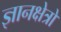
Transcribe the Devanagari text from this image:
ज्ञानक्षेत्रों